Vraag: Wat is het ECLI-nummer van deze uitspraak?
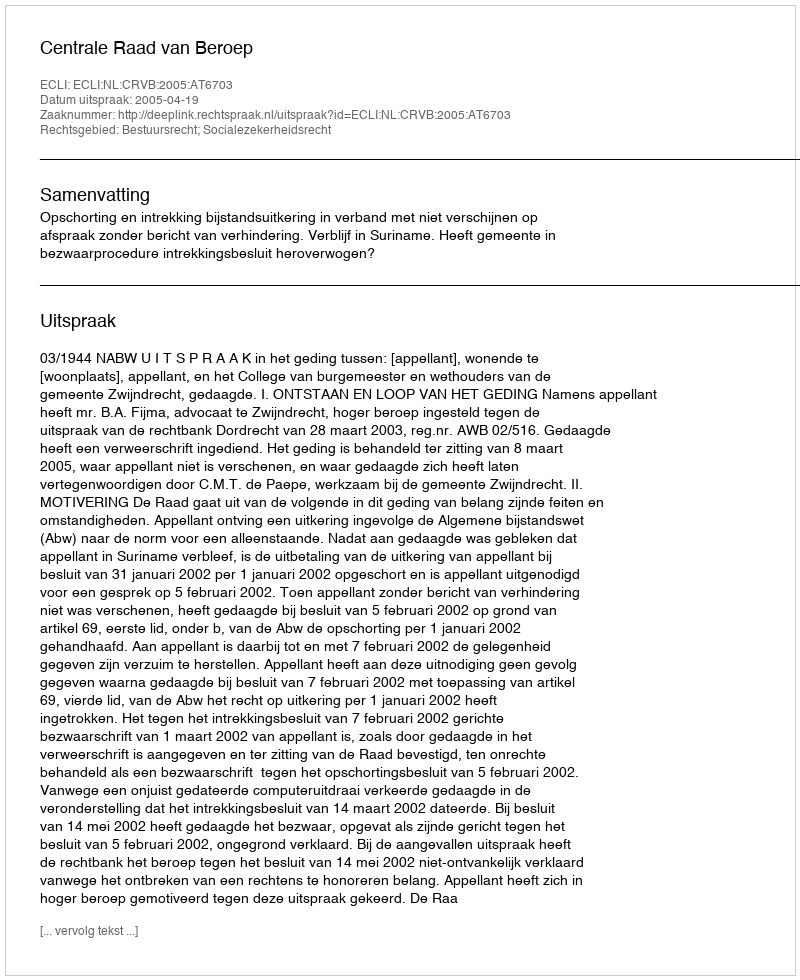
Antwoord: ECLI:NL:CRVB:2005:AT6703